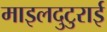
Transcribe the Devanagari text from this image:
माइलदुटुराई